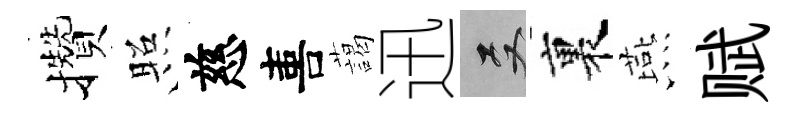
攢照慈喜藹迅双裏燕赋